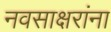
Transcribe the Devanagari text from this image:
नवसाक्षरांना